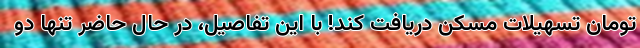
تومان تسهیلات مسکن دریافت کند! با این تفاصیل، در حال حاضر تنها دو